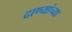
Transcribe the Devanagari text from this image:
दाण्यांच्या